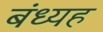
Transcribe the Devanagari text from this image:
बंध्यह